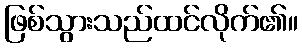
ဖြစ်သွားသည်ထင်လိုက်၏။